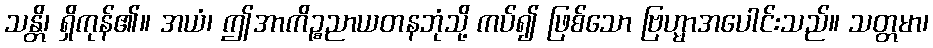
သန္တိ၊ ရှိကုန်၏။ အယံ၊ ဤအာကိဉ္စညာယတနဘုံသို့ ကပ်၍ ဖြစ်သော ဗြဟ္မာအပေါင်းသည်။ သတ္တမာ၊